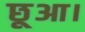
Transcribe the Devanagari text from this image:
छूआ।